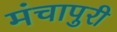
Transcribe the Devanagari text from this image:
मंचापुरी